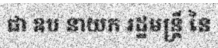
ជា ឧប នាយក រដ្ឋមន្ត្រី នៃ